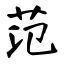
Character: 范